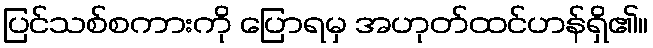
ပြင်သစ်စကားကို ပြောရမှ အဟုတ်ထင်ဟန်ရှိ၏။